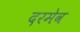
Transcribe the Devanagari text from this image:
दरमेव